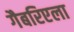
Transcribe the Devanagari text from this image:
गैबरिएला